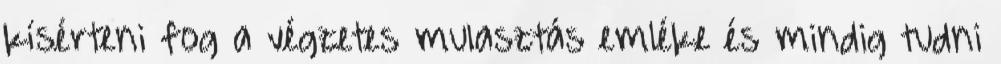
kísérteni fog a végzetes mulasztás emléke és mindig tudni